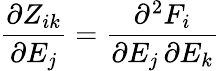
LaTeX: \frac{\partial Z_{ik}}{\partial E_{j}}=\frac{\partial^{2}F_{i}}{\partial E_{j}\, \partial E_{k}}